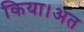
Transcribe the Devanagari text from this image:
किया।अत